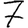
Digit: 7